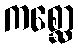
ကစ္ဆော